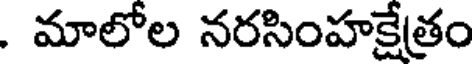
. మాలోల నరసింహక్షేత్రం